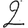
Digit: 2